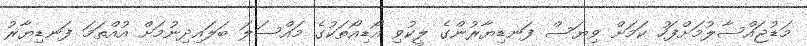
މަޑުޖައްސާލުމަށްފަހު ކަމަށް ވިޔަސް ފަނޑިޔާރުންގެ ލީކުވި އޯޑިއޯތަކުގެ މައްސަލަ ބަލައިދިނުމަށް އުއްތަމަ ފަނޑިޔާރު